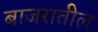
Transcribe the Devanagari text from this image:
बाजरातील